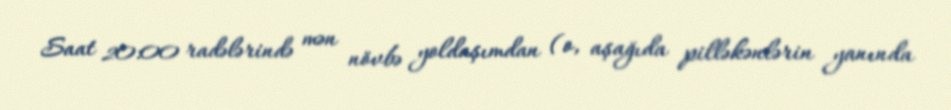
Saat 20:00 radələrində mən növbə yoldaşımdan (o, aşağıda pilləkənlərin yanında